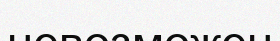
невозможен